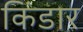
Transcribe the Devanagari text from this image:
किंडार